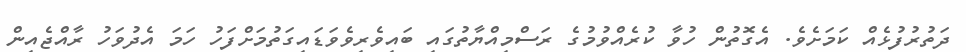
ދަތުރުފުޅެއް ކަމަށެވެ. އެގޮތުން ހުވާ ކުރެއްވުމުގެ ރަސްމިއްޔާތުގައި ބައިވެރިވެވަޑައިގަތުމަށްފަހު ހަމަ އެދުވަހު ރާއްޖެއިން